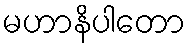
မဟာနိပါတော